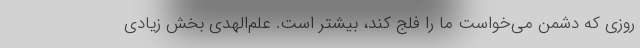
روزی که دشمن می‌خواست ما را فلج کند، بیشتر است. علم‌الهدی بخش زیادی